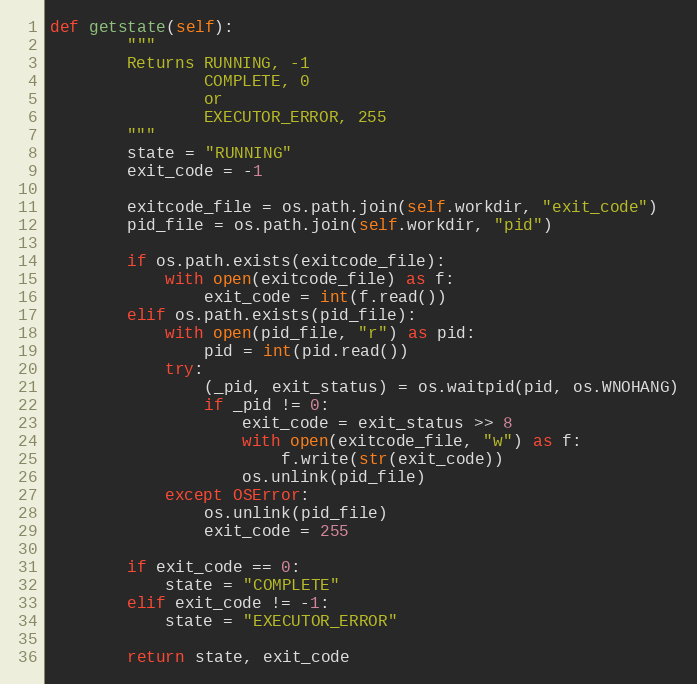
Language: Python
def getstate(self):
        """
        Returns RUNNING, -1
                COMPLETE, 0
                or
                EXECUTOR_ERROR, 255
        """
        state = "RUNNING"
        exit_code = -1

        exitcode_file = os.path.join(self.workdir, "exit_code")
        pid_file = os.path.join(self.workdir, "pid")

        if os.path.exists(exitcode_file):
            with open(exitcode_file) as f:
                exit_code = int(f.read())
        elif os.path.exists(pid_file):
            with open(pid_file, "r") as pid:
                pid = int(pid.read())
            try:
                (_pid, exit_status) = os.waitpid(pid, os.WNOHANG)
                if _pid != 0:
                    exit_code = exit_status >> 8
                    with open(exitcode_file, "w") as f:
                        f.write(str(exit_code))
                    os.unlink(pid_file)
            except OSError:
                os.unlink(pid_file)
                exit_code = 255

        if exit_code == 0:
            state = "COMPLETE"
        elif exit_code != -1:
            state = "EXECUTOR_ERROR"

        return state, exit_code